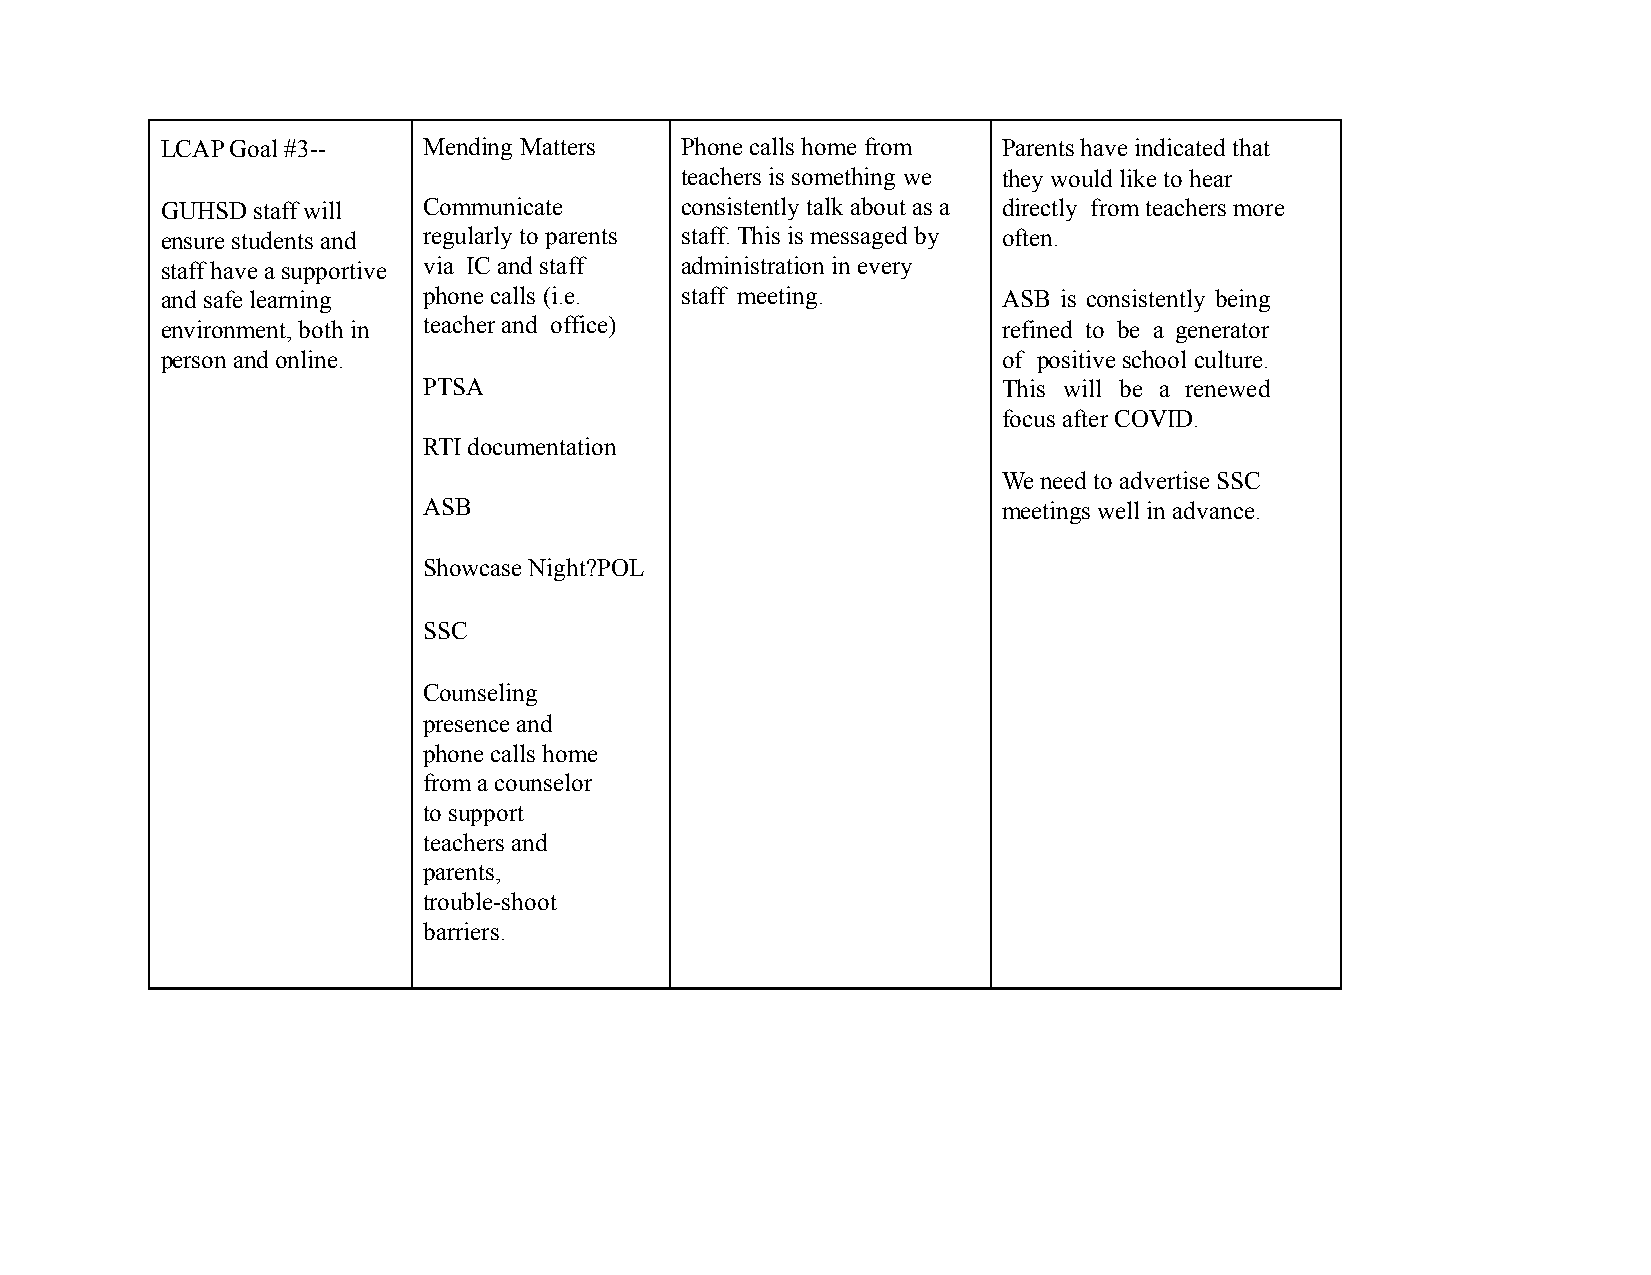
LCAP Goal #3--   Mending Matters  Phone calls home from Parents have indicated that
 teachers is something we they would like to hear
 GUHSD staff will Communicate      consistently talk about as a directly from teachers more
 ensure students and regularly to parents staff. This is messaged by often.
 staff have a supportive via IC and staff administration in every
 and safe learning phone calls (i.e. staff meeting.     ASB is consistently being
 environment, both in teacher and office)               refined to be a generator
 person and online.                                     of positive schoolculture.
 PTSA                                  This will be a renewed
 focus after COVID.
 RTI documentation
 We need to advertise SSC
 ASB                                   meetings well in advance.
 Showcase Night?POL
 SSC
 Counseling
 presence and
 phone calls home
 from a counselor
 to support
 teachers and
 parents,
 trouble-shoot
 barriers.